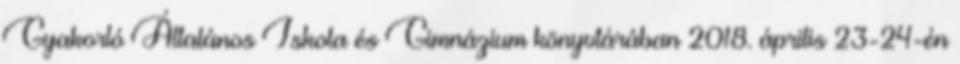
Gyakorló Általános Iskola és Gimnázium könyvtárában 2018. április 23-24-én